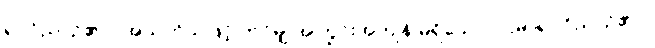
ရုပ္ပဝိညာဉ်၏။ (အယုတ်သဖြင့် ဘင်မျှ အကြွင်းအကျန် မရှိသော ပဌမာရုပ္ပဝိညာဉ်၏။)